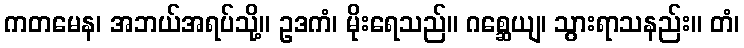
ကတမေန၊ အဘယ်အရပ်သို့။ ဥဒကံ၊ မိုးရေသည်။ ဂစ္ဆေယျ၊ သွားရာသနည်း။ တံ၊